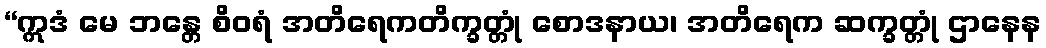
“ဣဒံ မေ ဘန္တေ စိဝရံ အတိရေကတိက္ခတ္တုံ စောဒနာယ၊ အတိရေက ဆက္ခတ္တုံ ဌာနေန